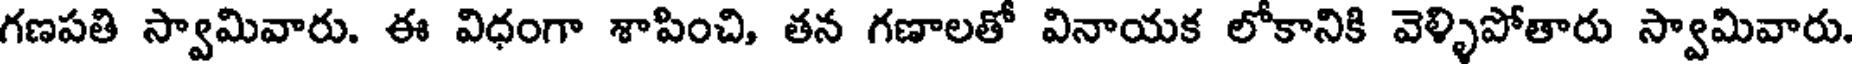
గణపతి స్వామివారు. ఈ విధంగా శాపించి, తన గణాలతో వినాయక లోకానికి వెళ్ళిపోతారు స్వామివారు.